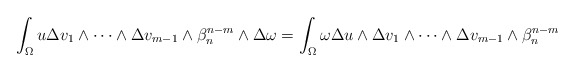
\begin{align*} \int_\Omega u\Delta v_1\wedge\dots\wedge \Delta v_{m-1}\wedge\beta_n^{n-m}\wedge\Delta \omega=\int_\Omega \omega\Delta u\wedge\Delta v_1\wedge\dots\wedge \Delta v_{m-1}\wedge\beta_n^{n-m} \end{align*}